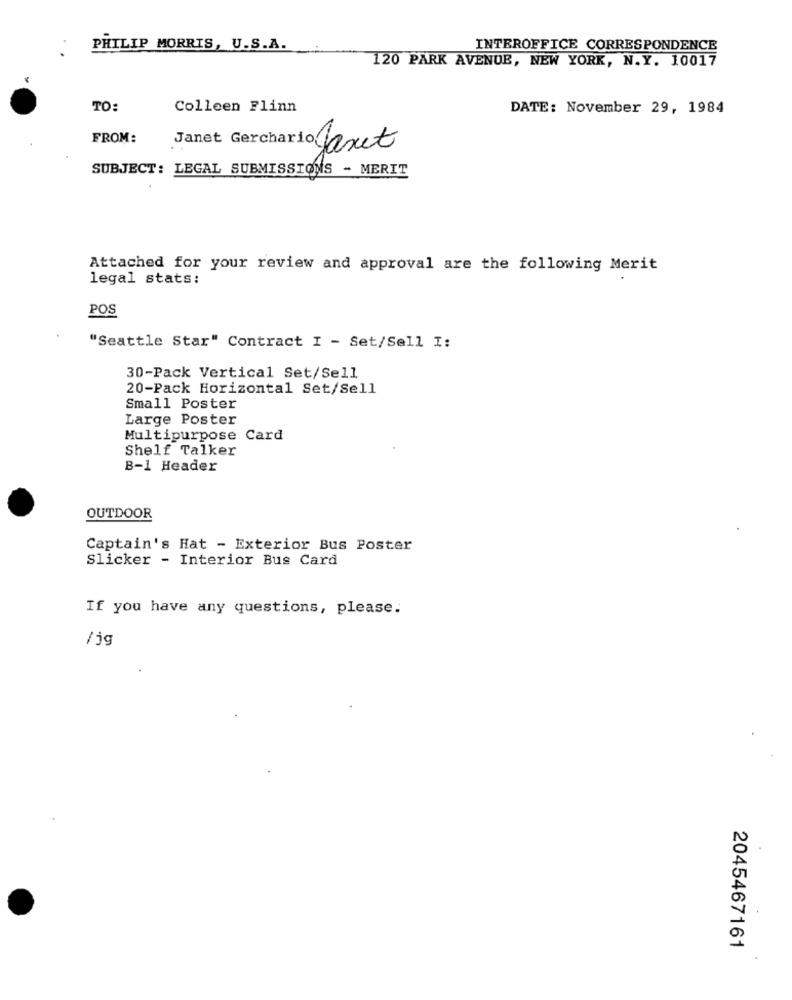
PHILIP MORRIS, U.S.A.
INTEROFFICE CORRESPONDENCE
120 PARK AVENUE, NEW YORK, N.Y. 10017
TO:
Colleen Flinn
DATE: November 29, 1984
FROM:
Janet Gerchario Jaxet
SUBJECT: LEGAL SUBMISSIONS - MERIT
Attached for your review and approval are the following Merit
legal stats:
POS
"Seattle Star" Contract I - Set/Sell I:
30-Pack Vertical Set/Sell
20-Pack Horizontal Set/Sell
Small Poster
Large Poster
Multipurpose Card
Shelf Talker
B-1 Header
OUTDOOR
Captain's Hat - Exterior Bus Poster
Slicker - Interior Bus Card
If you have any questions, please.
/jg
2045467161
.